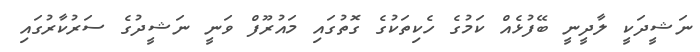
ނަޝީދަކީ ލާދީނީ ބޭފުޅެއް ކަމުގެ ހެކިތަކުގެ ގޮތުގައި މައުރޫފް ވަނީ ނަޝީދުގެ ސަރުކާރުގައި